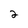
Character: 2